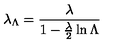
\lambda _ { \Lambda } = { \frac { \lambda } { 1 - { \frac { \lambda } { 2 } } \ln \Lambda } }